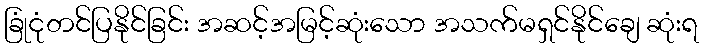
ခြုံငုံတင်ပြနိုင်ခြင်း အဆင့်အမြင့်ဆုံးသော အသက်မရှင်နိုင်ချေ ဆုံးရ